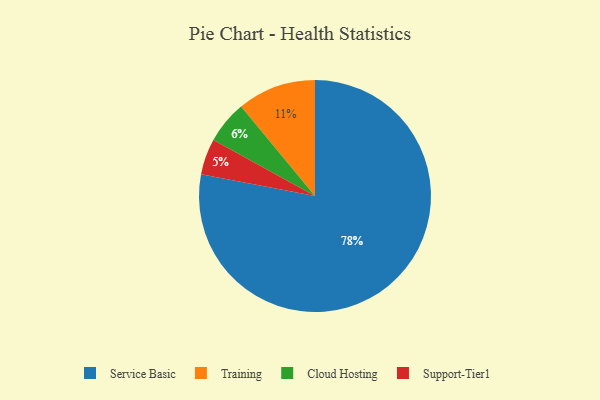
{"axis": {"x": "Category", "y": "Percentage"}, "legend": ["Cloud Hosting", "Service Basic", "Support-Tier1", "Training"], "data": [{"x": "Service Basic", "y": 78, "type": "Service Basic"}, {"x": "Support-Tier1", "y": 5, "type": "Support-Tier1"}, {"x": "Training", "y": 11, "type": "Training"}, {"x": "Cloud Hosting", "y": 6, "type": "Cloud Hosting"}]}